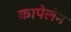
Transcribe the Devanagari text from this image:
कापेलेन